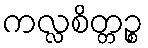
ကလ္လစိတ္တဉ္စ